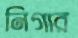
নিগার